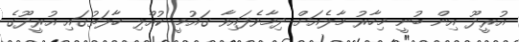
އުރީދޫ އިން ބުނީ މިހާރު މާލެއަށް ދިމާވެފައިވާ ގައުމީ ކުއްލި ހާލަތުގައި އުރީދޫގެ